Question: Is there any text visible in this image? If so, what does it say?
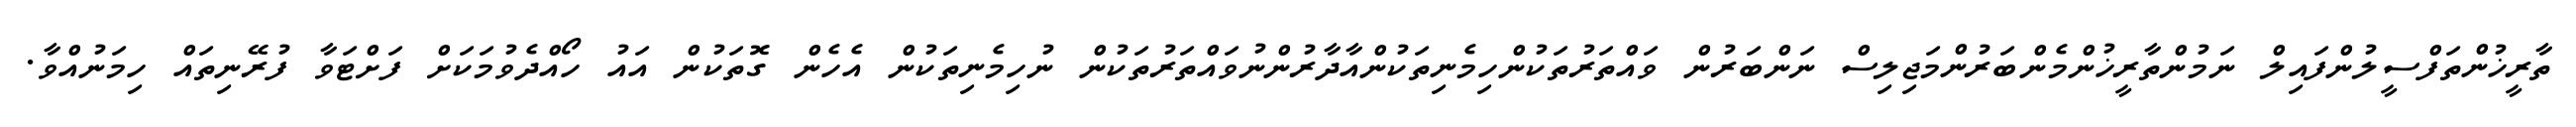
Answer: ތާރީޚުންތަފްސީލުންފައިލް ނަމުންތާރީޚުންމެންބަރުންމަޖިލިސް ނަންބަރުން ވައްތަރުތަކުންހިމެނިތަކުންއާދާރުންނުވައްތަރުތަކުން ނުހިމެނިތަކުން އެހެން ގޮތަކުން އައު ހޯއްދެވުމަކަށް ފަށްޓަވާ ފުރޭނިތައް ހިމަނުއްވާ.